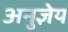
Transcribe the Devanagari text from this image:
अनुज्ञेय